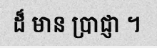
ដ៏ មាន ប្រាជ្ញា ។